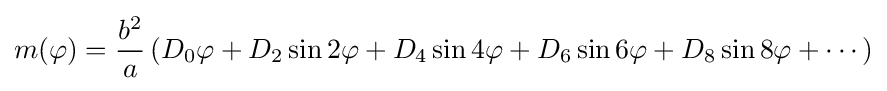
m(\varphi )={\frac {b^{2}}{a}}\left(D_{0}\varphi +D_{2}\sin 2\varphi +D_{4}\sin 4\varphi +D_{6}\sin 6\varphi +D_{8}\sin 8\varphi +\cdots \right)